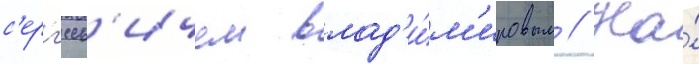
с'ерг'еев'ичем влад'и́м'ировым // На́